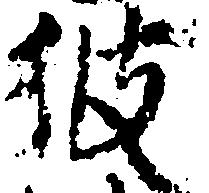
彼